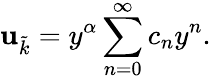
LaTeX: \mathbf{u}_{\tilde{{k}}}=y^{\alpha}\sum_{n=0}^{\infty}c_{n}y^{n}.